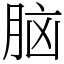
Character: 脑